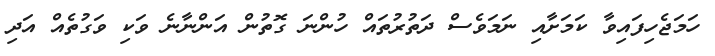
ހަމަޖެހިފައިވާ ކަމަށާއި ނަމަވެސް ދަތުރުތައް ހުންނަ ގޮތުން އަންނާނެ ވަކި ވަގުތެއް އަދި